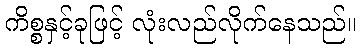
ကိစ္စနှင့်ခုဖြင့် လုံးလည်လိုက်နေသည်။